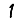
Digit: 1